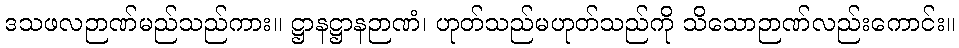
ဒသဖလဉာဏ်မည်သည်ကား။ ဋ္ဌာနဋ္ဌာနဉာဏံ၊ ဟုတ်သည်မဟုတ်သည်ကို သိသောဉာဏ်လည်းကောင်း။